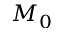
M _ { 0 }